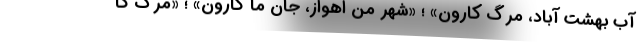
آب بهشت آباد، مرگ کارون» ؛ «شهر من اهواز، جان ما کارون» ؛ «مرگ کا